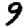
Digit: 9